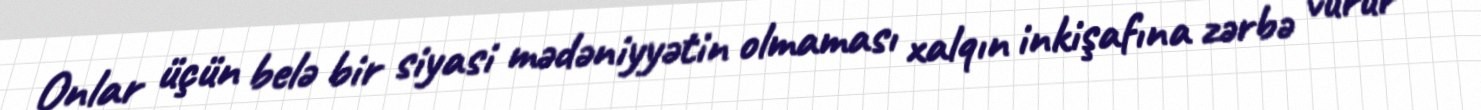
Onlar üçün belə bir siyasi mədəniyyətin olmaması xalqın inkişafına zərbə vurur